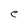
Character: e